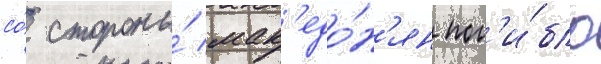
со́ стороны́ мак'едо́н'ян пог'и́бло